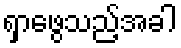
ရှာဖွေသည့်အခါ